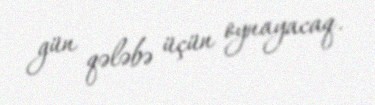
gün qələbə üçün oynayacaq.